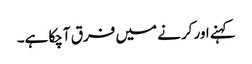
کہنے اور کرنے میں فرق آچکا ہے۔